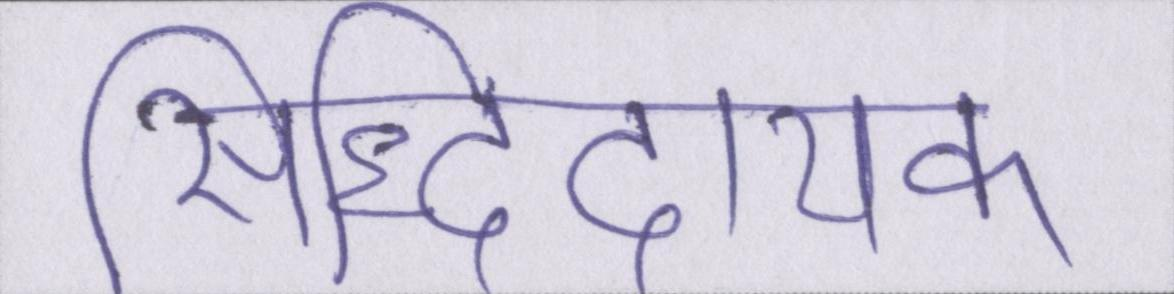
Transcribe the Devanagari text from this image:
सिद्धिदायक